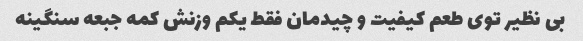
بی نظیر توی طعم کیفیت و چیدمان فقط یکم وزنش کمه جبعه سنگینه